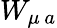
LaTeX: W_{\mu\, a}